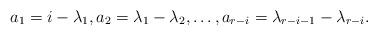
LaTeX: \begin{align*}&a_1 = i -\lambda_1, a_2 = \lambda_1 - \lambda_2, \ldots, a_{r-i} = \lambda_{r-i-1} - \lambda_{r-i}. \end{align*}